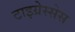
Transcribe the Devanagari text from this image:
टाइग्रेस्सेस